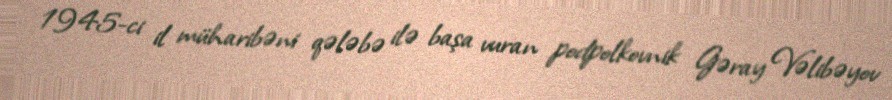
1945-ci il müharibəni qələbə ilə başa vuran podpolkovnik Gəray Vəlibəyov